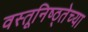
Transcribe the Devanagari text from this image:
वस्तूनिष्ठ्तेच्या